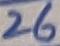
Text: 26